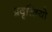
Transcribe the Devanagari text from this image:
प्रवृत्त्त्तियो